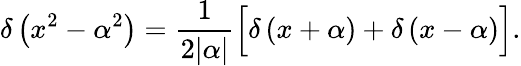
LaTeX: \delta\left(x^{2}-\alpha^{2}\right)={\frac{1}{2|\alpha|}}{\Big[}\delta\left(x+\alpha\right)+\delta\left(x-\alpha\right){\Big]}.